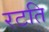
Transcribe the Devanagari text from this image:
रटति